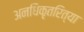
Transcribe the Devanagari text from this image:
अनधिकृतरित्या